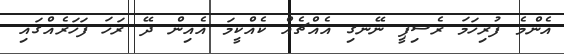
އެންމެ ފުރިހަމަ ރެސިޕީ ނޭނގި އެއްޗެއް ކެއްކީމަ އެއިން ދޭ ރަހަ ފަހަރެއްގައި